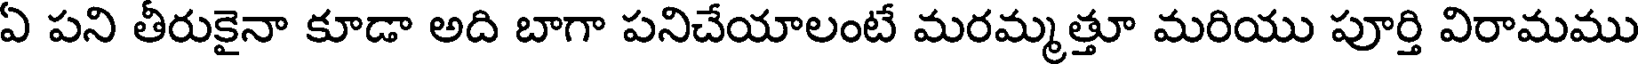
ఏ పని తీరుకైనా కూడా అది బాగా పనిచేయాలంటే మరమ్మత్తూ మరియు పూర్తి విరామము